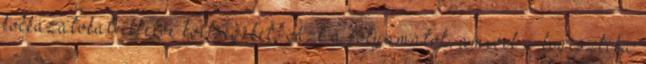
kockázatokat illetve költségeket. Azt a folyamatot, amivel a logisztika